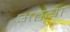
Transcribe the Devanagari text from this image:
अद्वया